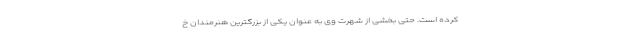
کرده است. حتی بخشی از شهرت وی به عنوان یکی از بزرگترین هنرمندان خ